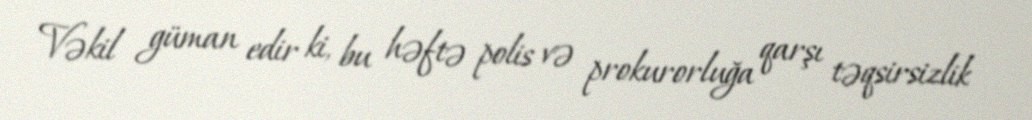
Vəkil güman edir ki, bu həftə polis və prokurorluğa qarşı təqsirsizlik